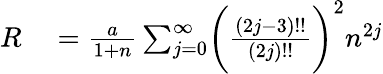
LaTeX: \begin{array}{rl}{R}&{{}=\frac a{1+n}\sum_{j=0}^{\infty}\biggl(\frac{(2j-3)!!}{(2j)!!}\biggr)^{2}n^{2j}}\end{array}